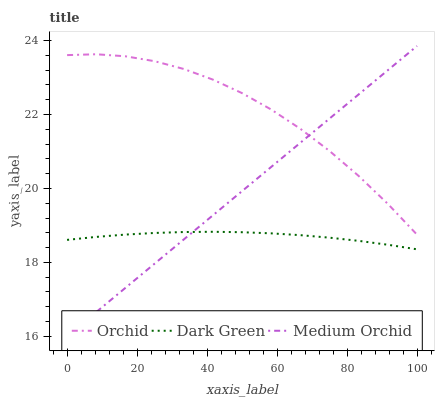
| xaxis_label | Orchid | Dark Green | Medium Orchid |
 | --- | --- | --- | --- |
 | 0 | 23.6 | 18.6 | 16 |
 | 8.33 | 23.6 | 18.7 | 16.7 |
 | 16.7 | 23.6 | 18.8 | 17.3 |
 | 25 | 23.4 | 18.8 | 18 |
 | 33.3 | 23.2 | 18.8 | 18.6 |
 | 41.7 | 22.9 | 18.8 | 19.3 |
 | 50 | 22.6 | 18.8 | 19.9 |
 | 58.3 | 22.1 | 18.8 | 20.6 |
 | 66.7 | 21.6 | 18.7 | 21.2 |
 | 75 | 21 | 18.7 | 21.9 |
 | 83.3 | 20.3 | 18.6 | 22.5 |
 | 91.7 | 19.6 | 18.5 | 23.2 |
 | 100 | 18.7 | 18.4 | 23.9 |